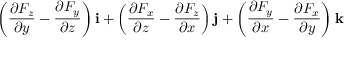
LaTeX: \left( { \frac { \partial F _ { z } } { \partial y } } - { \frac { \partial F _ { y } } { \partial z } } \right) \mathbf { i } + \left( { \frac { \partial F _ { x } } { \partial z } } - { \frac { \partial F _ { z } } { \partial x } } \right) \mathbf { j } + \left( { \frac { \partial F _ { y } } { \partial x } } - { \frac { \partial F _ { x } } { \partial y } } \right) \mathbf { k }